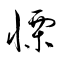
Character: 慄